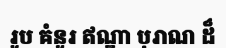
រូប គំនូរ ឥណ្ឌា បុរាណ ដ៏